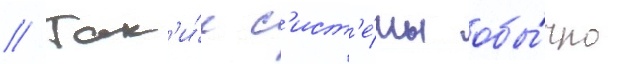
// Так'и́е с'ист'е́мы обы́чно